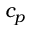
c _ { p }